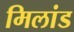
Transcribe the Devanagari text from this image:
मिलांड